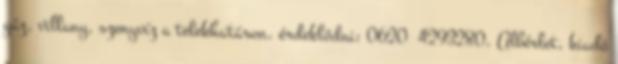
gáz, villany, szenyvíz a telekhatáron. érdeklődni: 0620 4293280. Albérlet, kiadó